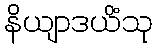
နိယျာဒယိံသု